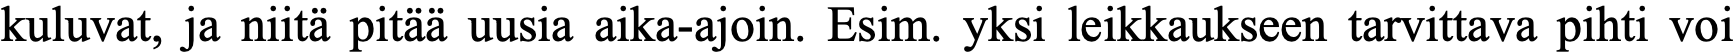
kuluvat, ja niitä pitää uusia aika-ajoin. Esim. yksi leikkaukseen tarvittava pihti voi